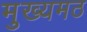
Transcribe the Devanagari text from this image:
मुख्यमठ